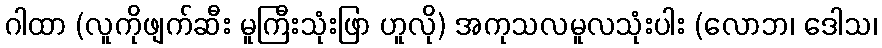
ဂါထာ (လူကိုဖျက်ဆီး မူကြီးသုံးဖြာ ဟူလို) အကုသလမူလသုံးပါး (လောဘ၊ ဒေါသ၊